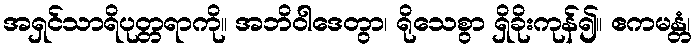
အရှင်သာရိပုတ္တရာကို။ အဘိဝါဒေတွာ၊ ရိုသေစွာ ရှိခိုးကုန်၍။ ဧကမန္တံ၊